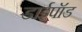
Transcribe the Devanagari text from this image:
डाईपॉड